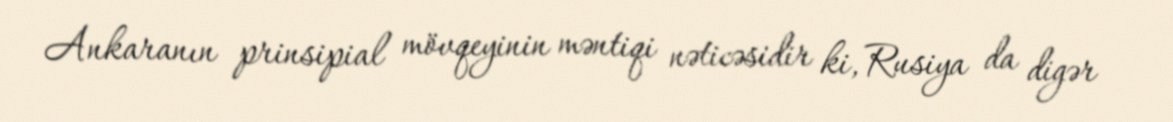
Ankaranın prinsipial mövqeyinin məntiqi nəticəsidir ki, Rusiya da digər